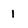
Character: 1